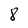
Character: 8